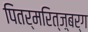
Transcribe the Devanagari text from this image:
पितर्मरित्ज़्बर्ग